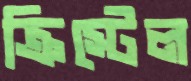
ক্রিস্টেল